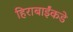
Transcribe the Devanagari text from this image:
हिराबाईंकडे